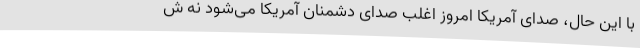
با این حال، صدای آمریکا امروز اغلب صدای دشمنان آمریکا می‌شود نه ش